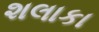
શલાકા